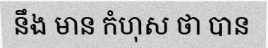
នឹង មាន កំហុស ថា បាន